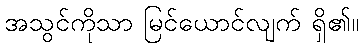
အသွင်ကိုသာ မြင်ယောင်လျက် ရှိ၏။